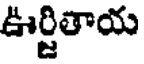
ఊర్జితాయ